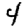
Digit: 4